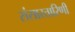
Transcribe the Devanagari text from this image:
संसारतारिणी